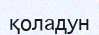
қоладун